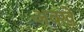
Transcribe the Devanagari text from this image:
अक्खे